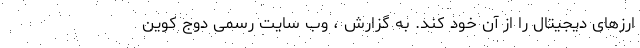
ارزهای دیجیتال را از آن خود کند. به گزارش ، وب سایت رسمی دوج کوین